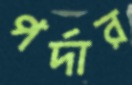
পর্দার